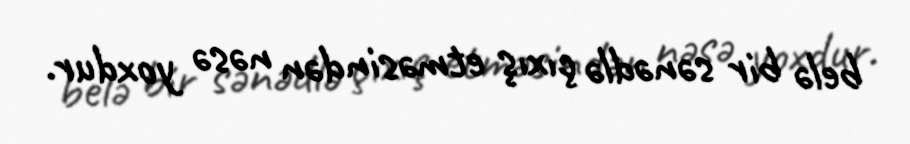
belə bir sənədlə çıxış etməsindən nəsə yoxdur.